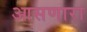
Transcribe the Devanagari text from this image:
आसणारा